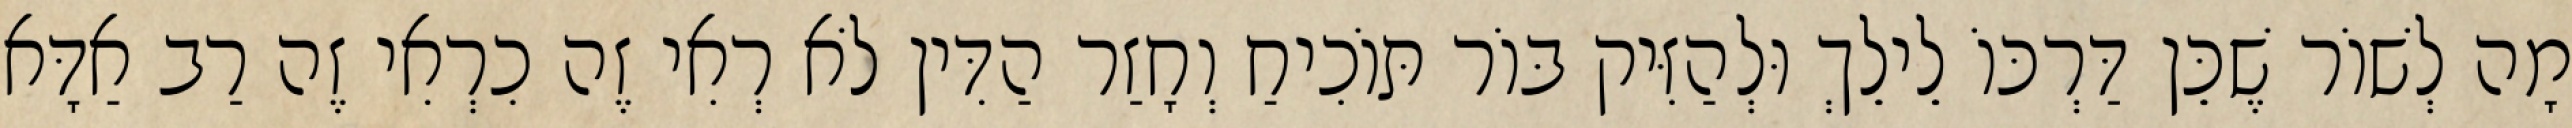
מָה לְשׁוֹר שֶׁכֵּן דַּרְכּוֹ לֵילֵךְ וּלְהַזִּיק בּוֹר תּוֹכִיחַ וְחָזַר הַדִּין לֹא רְאִי זֶה כִרְאִי זֶה רַב אַדָּא